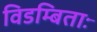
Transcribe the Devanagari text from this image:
विडम्बिताः